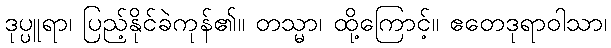
ဒုပ္ပူရာ၊ ပြည့်နိုင်ခဲကုန်၏။ တသ္မာ၊ ထို့ကြောင့်။ ဧတေဒုရာဝါသာ၊